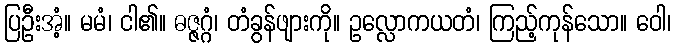
ပြဦးအံ့။ မမံ၊ ငါ၏။ ဓဇ္ဇဂ္ဂံ၊ တံခွန်ဖျားကို။ ဥလ္လောကယတံ၊ ကြည့်ကုန်သော။ ဝေါ၊